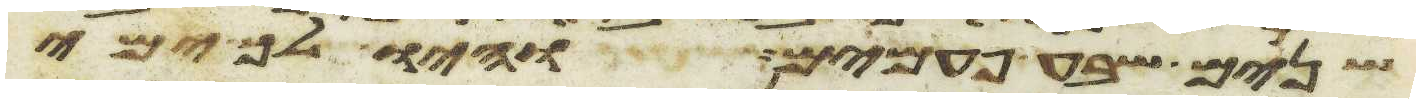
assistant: שנים שבע פעמים והיו לך ימי